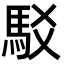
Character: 駁